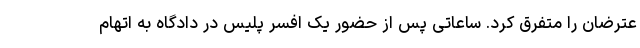
عترضان را متفرق کرد. ساعاتی پس از حضور یک افسر پلیس در دادگاه به اتهام